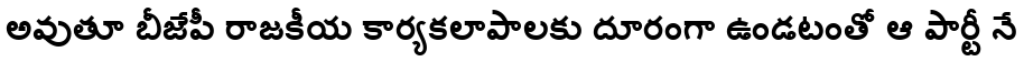
అవుతూ బీజేపీ రాజకీయ కార్యకలాపాలకు దూరంగా ఉండటంతో ఆ పార్టీ నే